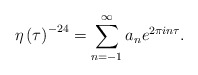
\begin{align*}\eta\left({\tau}\right)^{-24}=\sum_{n=-1}^{\infty}a_n e^{2\pi i n\tau}.\end{align*}